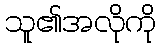
သူ၏အလိုကို